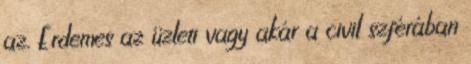
az. Érdemes az üzleti vagy akár a civil szférában